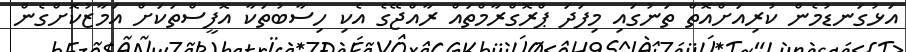
އަޅުގަނޑުމެން ކުރިއަށްއޮތް ތަނުގައި މިފަދަ ޕްރޮގްރާމްތައް ރާއްޖޭގެ އެކި ހިސާބުތަކާ އޮފީސްތަކަށް އަމާޒުކޮށްގެން